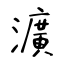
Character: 瀇